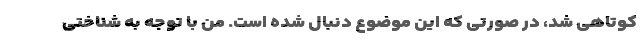
کوتاهی شد، در صورتی که این موضوع دنبال شده است. من با توجه به شناختی